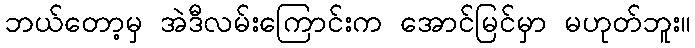
ဘယ်တော့မှ အဲဒီလမ်းကြောင်းက အောင်မြင်မှာ မဟုတ်ဘူး။